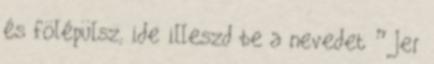
és fölépülsz, ide illeszd be a nevedet ” Jer